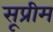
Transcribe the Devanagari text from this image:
सूप्रीम